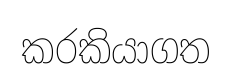
කරකියාගත